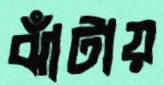
ঝাঁটায়